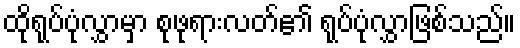
ထိုရုပ်ပုံလွှာမှာ စုဖုရားလတ်၏ ရုပ်ပုံလွှာဖြစ်သည်။